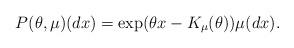
LaTeX: \begin{align*}P(\theta,\mu)(dx)=\exp(\theta x-K_\mu(\theta))\mu(dx).\end{align*}